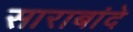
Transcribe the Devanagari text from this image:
साराबांदे